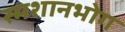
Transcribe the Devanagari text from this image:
स्मशानभोग